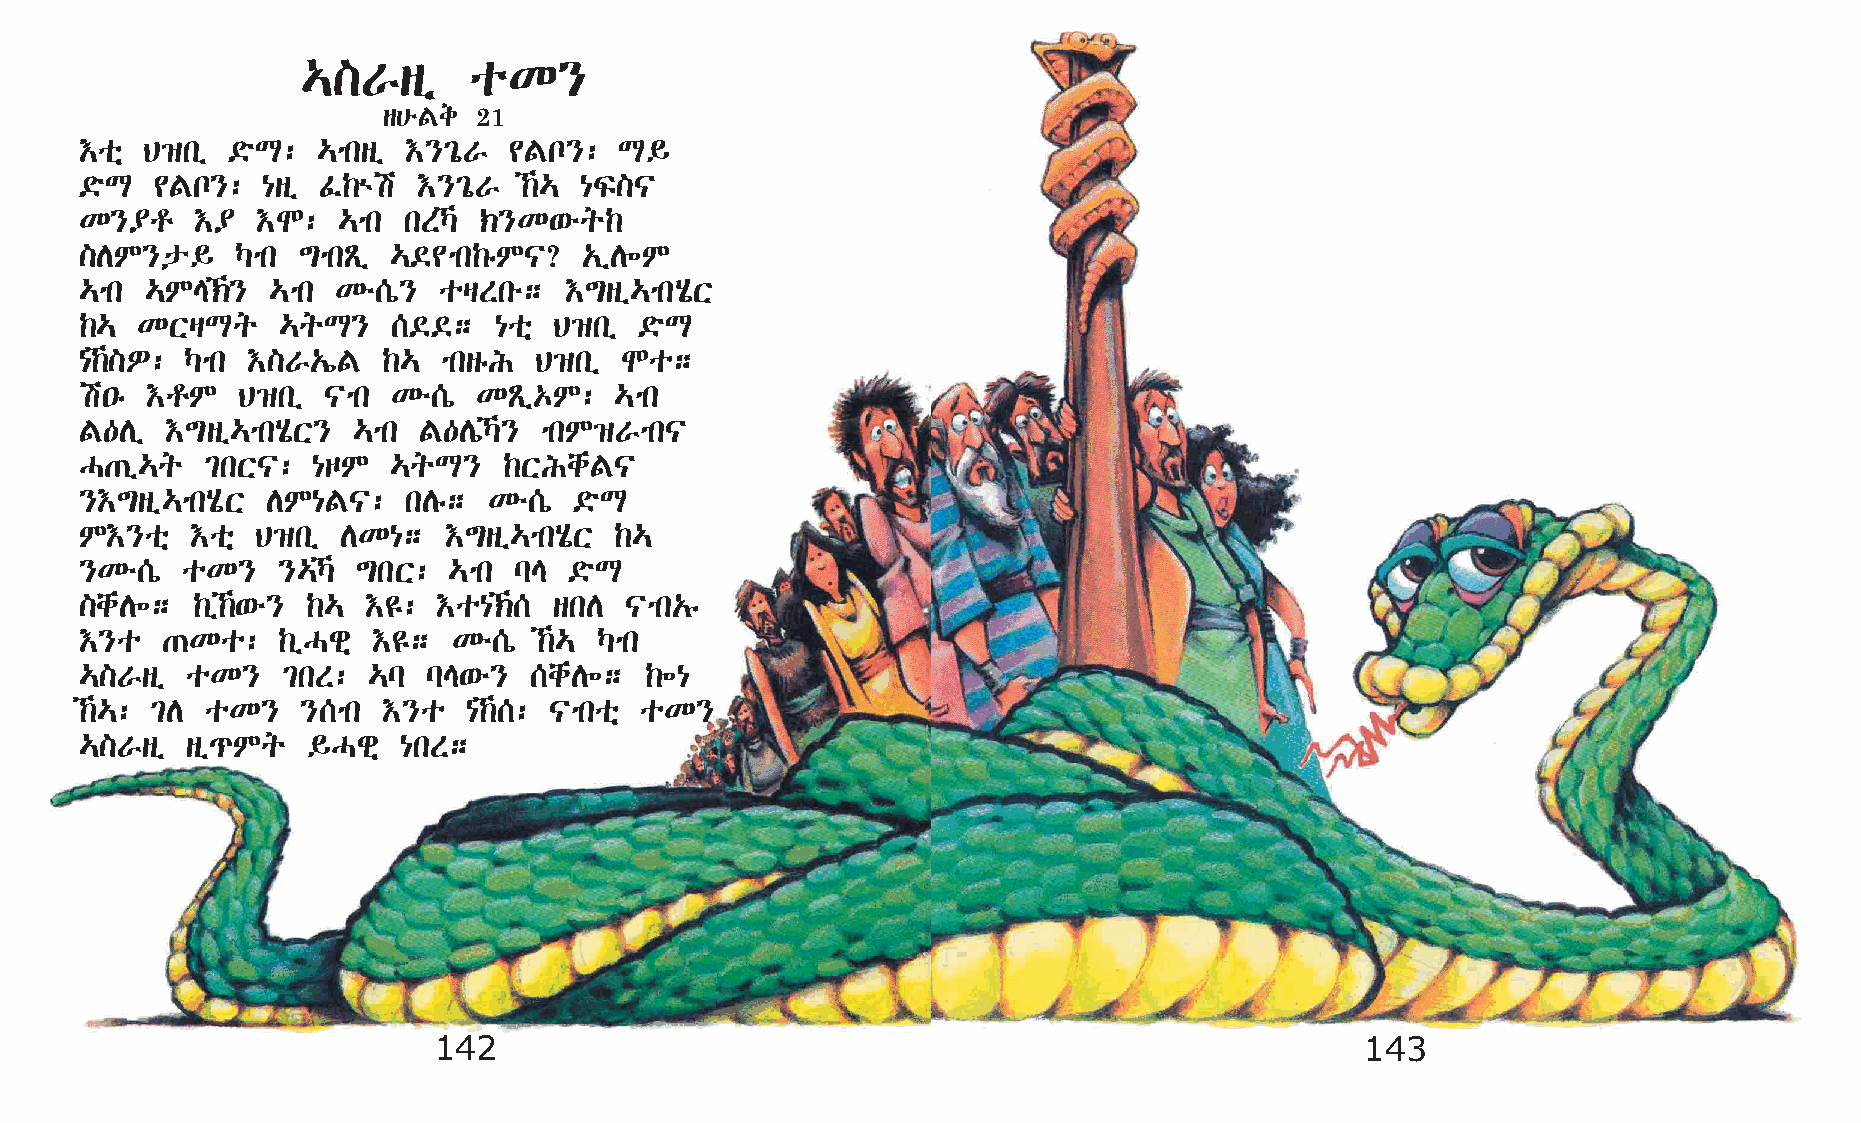
…]Vsï      oK}
 s@éFe  21
 †oñ  B›kï ©öL:  …mksï †}²óV  ¢Fn}:  L§
 ©öL  ¢Fn}:  {sï Ê‰ùa   †}²óV  ‰… {Ï]|
 K}¥r    †¥  †N:  …mk  kSŠ ‹}K‘éq‰
 ]DM}p§     Šmk ´mkÃï …©¢mk‰êM|?   „ïD÷M
 …mk  …ME‹}  …mk Ké[ò}  ošSké;  †´sï…mkAôX
 ‰…  KXšLq    …qL}    [©©;   {oñ B›kï ©öL
 {‰]È: Šmk †]V„íF   ‰…  mksêI B›kï  No;
 a•ê  †rM   B›kï |mk  Ké[ò  KÃï‡M:   …mk
 F—Dï  †´sï…mkAôX} …mk  F—DíŠ} mkM›Vmk|
 H·ï…q    ²kX|:  {œM  …qL}   ‰XIchF|
 }†´sï…mkAôX  DM{F|:   kDê; Ké[ò  ©öL
 M†}oñ   †oñ B›kï  DK{;  †´sï…mkAôX  ‰…
 }Ké[ò  oK}   }…Š  ´kX:  …mk lE  ©öL
 ]chD÷;  ‰ï‰‘é} ‰… †£:  †o{‹[  skD |mk„ê
 †}o   ·Ko:   ‰ïHgñ  †£;  Ké[ò  ‰… Šmk
 …]Vsï  oK}    ²kS: …l  lE‘é}  [chD÷;  ‰÷{
 ‰…: ²D  oK}   }[mk †}o   {‰[: |mkoñ oK}
 …]Vsï  sï¹Mq   §Hgñ  {kS;
 142                                                          143